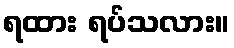
ရထား ရပ်သလား။